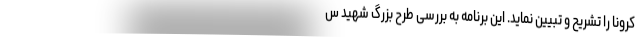
کرونا را تشریح و تبیین نماید. این برنامه به بررسی طرح بزرگ شهید س